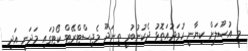
މި އުޞޫލަށް ކިޔާނީ ހުވަދުއަތޮޅު ދެކުނުބުރީ ތިނަދޫ މެޖިސްޓްރޭޓް ކޯޓުގައި މަދަނީ އަދި